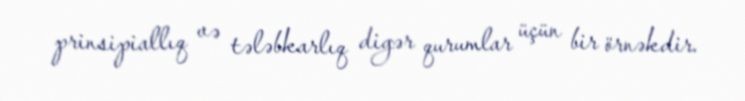
prinsipiallıq və tələbkarlıq digər qurumlar üçün bir örnəkdir.